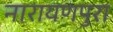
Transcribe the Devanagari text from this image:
नारायणपुरा